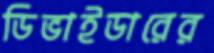
ডিভাইডারের